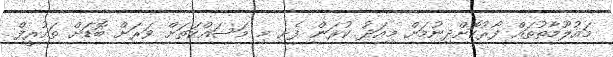
މައުލޫމާތުތައް ފޯރުކޮށްދިނުމަށް މިއަދު ކުރަން ފެށި މި މަސައްކަތަށް ވަރަށް ބޮޑަށް ތައުރީފް